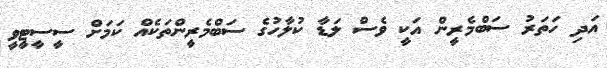
އަދި ހަތަރު ސަބްމެރީން އަކީ ވެސް ލަޑާ ކުލާހުގެ ސަބްމެރީންތަކެއް ކަމަށް ސީސީޓީވީ